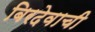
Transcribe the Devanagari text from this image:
बिरदेवाची